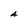
Character: A